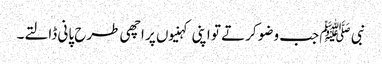
نبی ﷺ جب وضو کرتے تو اپنی کہنیوں پر اچھی طرح پانی ڈالتے۔